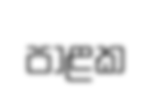
පාළක